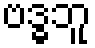
ဗဒ္ဓဘူ